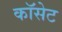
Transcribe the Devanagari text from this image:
कॉसेट